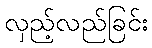
လှည့်လည်ခြင်း